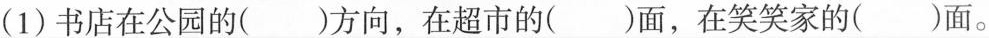
(1)书店在公园的()方向，在超市的()面，在笑笑家的()面。